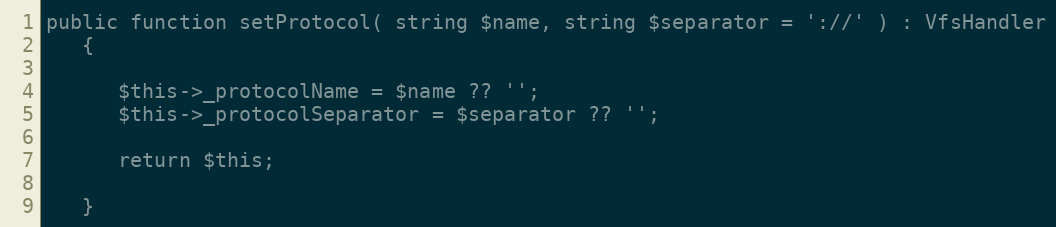
Language: PHP
public function setProtocol( string $name, string $separator = '://' ) : VfsHandler
   {

      $this->_protocolName = $name ?? '';
      $this->_protocolSeparator = $separator ?? '';

      return $this;

   }